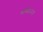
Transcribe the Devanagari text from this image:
थामी।२१